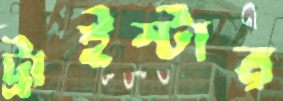
ট্রাইস্টার